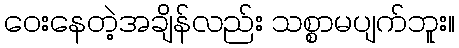
ဝေးနေတဲ့အချိန်လည်း သစ္စာမပျက်ဘူး။